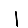
Digit: 1